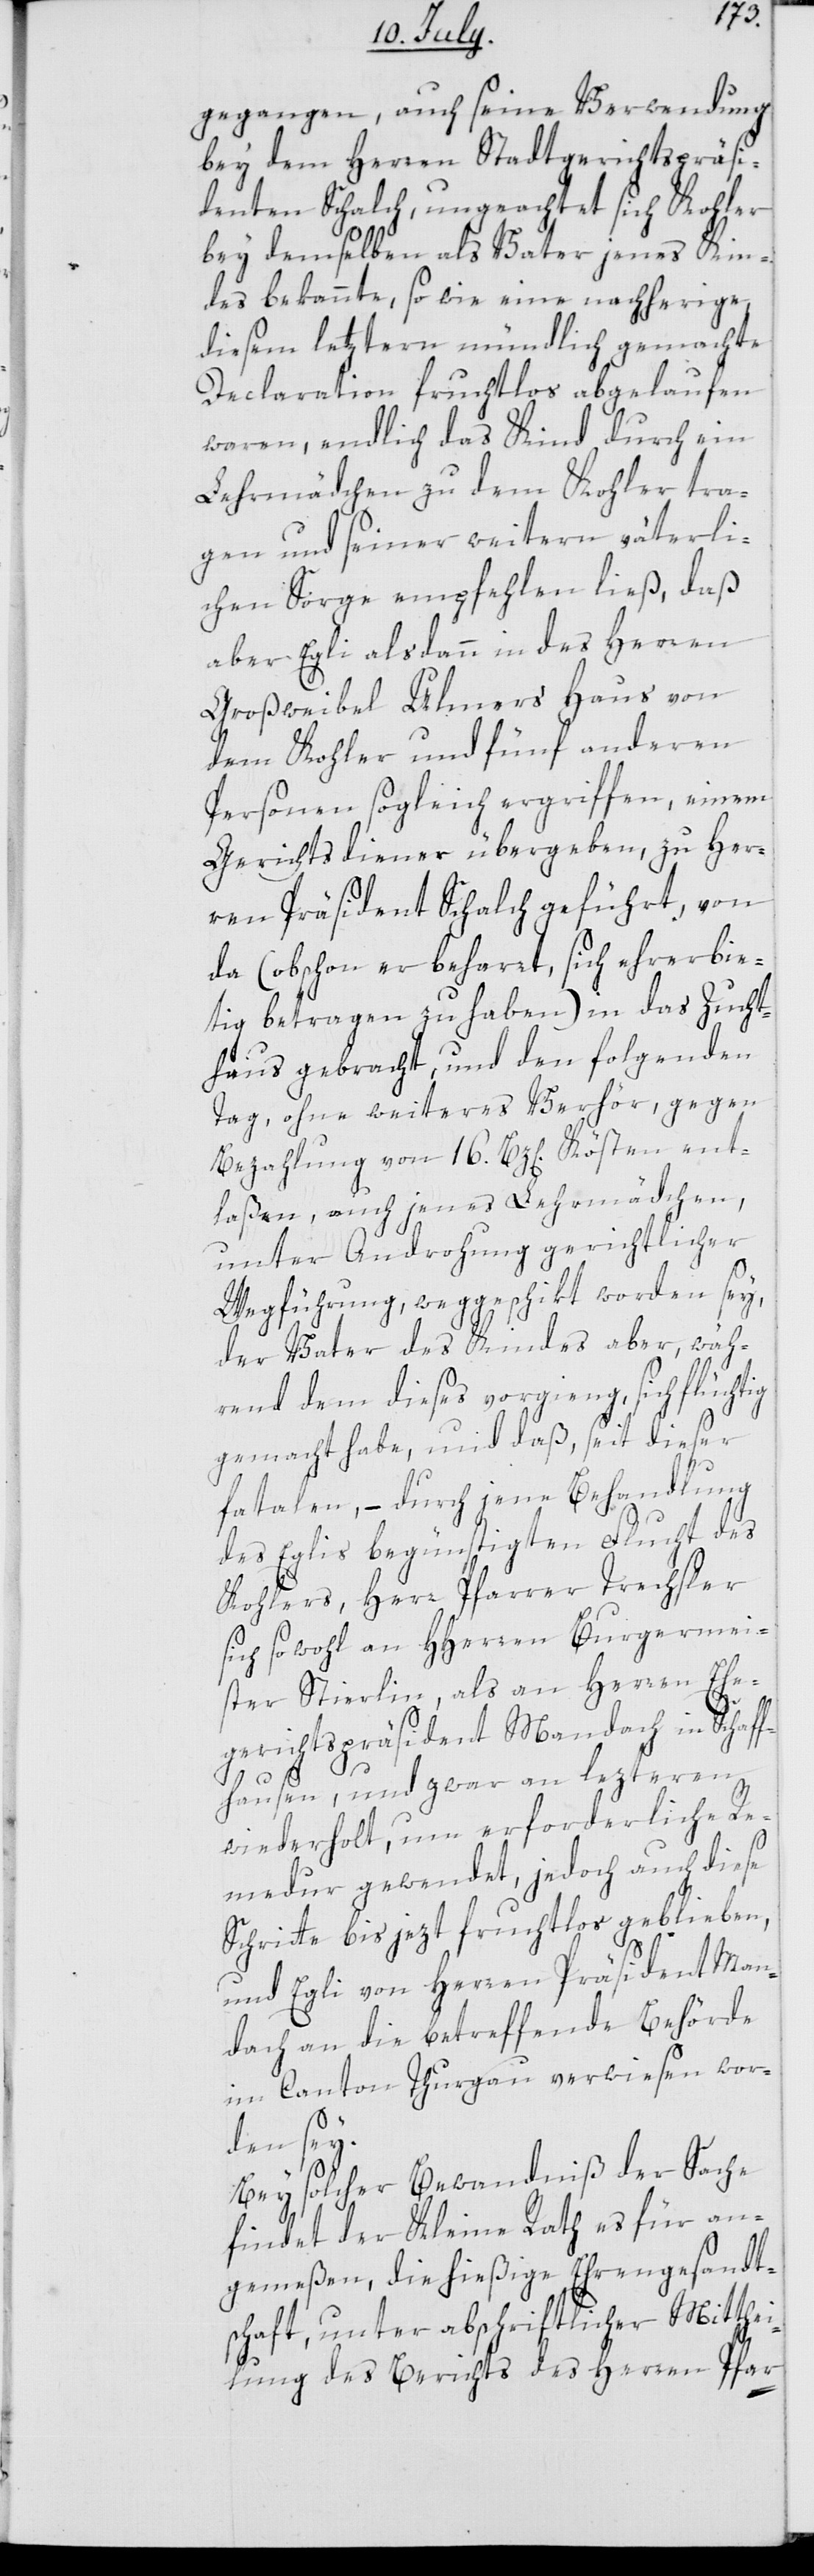
gegangen, auch seine Verwendung
bey dem Herren Stadtgerichtspräsi¬
denten Schalch, ungeachtet sich Kohler
bey demselben als Vater jenes Kin¬
des bekannte, so wie eine nachherige,
diesem letztern mündlich gemachte
Declaration fruchtlos abgelaufen
waaren, endlich das Kind durch ein
Lehrmädchen zu dem Kohler tra¬
gen und seiner weitern väterli¬
chen Sorge empfehlen ließ, daß
aber Egli alsdann in des Herren
Großweibel Ulmers Haus von
dem Kohler und fünf anderen
Personen sogleich ergriffen, einem
Gerichtsdiener übergeben, zu Her¬
ren Präsident Schalch geführt, von
da (obschon er beharret, sich ehrerbie¬
tig betragen zu haben) in das Zucht¬
haus gebracht und den folgenden
Tag, ohne weiteres Verhör, gegen
Bezahlung von 16. Bz[en]. Kösten ent¬
laßen, auch jenes Lehrmädchen,
unter Androhung gerichtlicher
Wegführung, weggeschikt worden sey,
der Vater des Kindes aber, wäh¬
rend dem dieses vorgieng, sich flüchtig
gemacht habe, und daß, seit dieser
fatalen, – durch jene Behandlung
des Eglis begünstigten Flucht des
Kohlers, Herr Pfarrer Trechsler
sich sowohl an HHerren Burgermei¬
ster Stierlin, als an Herren Ehe¬
gerichtspräsident Mandach in Schaff¬
hausen, und zwar an lezteren
wiederholt, um erforderliche Re¬
medur gewendet, jedoch auch diese
Schritte bis jetzt fruchtlos geblieben,
und Egli von Herren Präsident Man¬
dach an die betreffende Behörde
im Canton Thurgau verwiesen wor¬
den sey.
Bey solcher Bewandtniß der Sache
findet der Kleine Rath es für an¬
gemeßen, die hießige Ehrengesandt¬
schaft, unter abschriftlicher Mitthei¬
lung des Berichts des Herren Pfar-